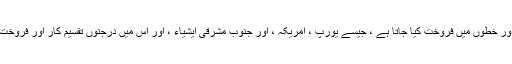
مصنوعات کو کچھ ممالک اور خطوں میں فروخت کیا جاتا ہے ، جیسے یورپ ، امریکہ ، اور جنوب مشرقی ایشیاء ، اور اس میں درجنوں تقسیم کار اور فروخت کے بعد سروس ایجنٹ ہیں۔